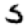
Digit: 5